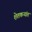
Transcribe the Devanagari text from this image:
शेतकऱ्यांत